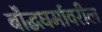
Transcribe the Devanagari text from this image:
बौद्धधर्मावरील